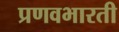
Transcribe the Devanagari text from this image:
प्रणवभारती